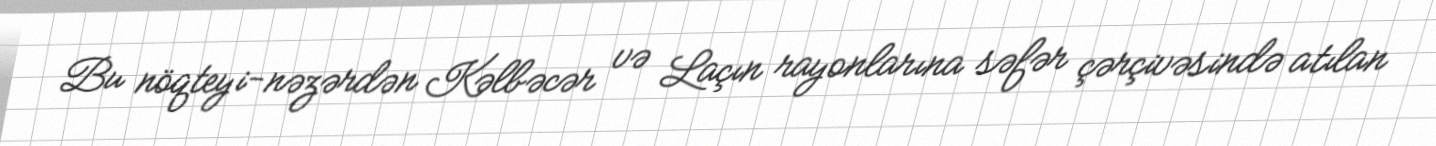
Bu nöqteyi-nəzərdən Kəlbəcər və Laçın rayonlarına səfər çərçivəsində atılan